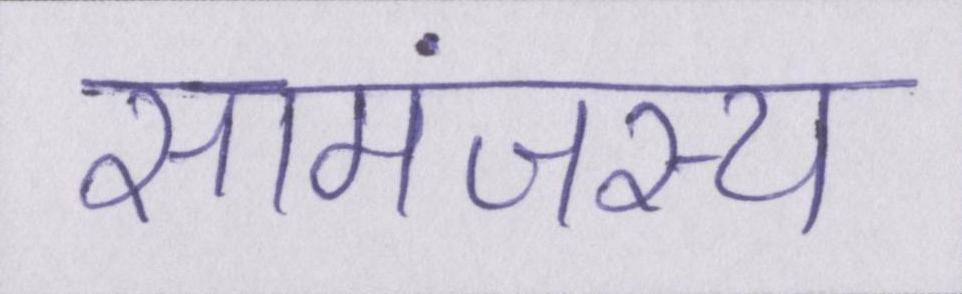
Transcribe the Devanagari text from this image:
सामंजस्य